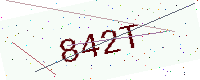
Text: 842T